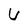
Character: u